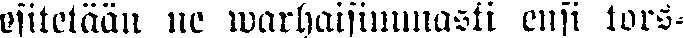
esitetään ne warhaisimmasti ensi tors-